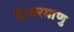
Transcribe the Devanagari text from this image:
है।परमाणु